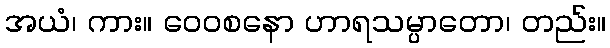
အယံ၊ ကား။ ဝေဝစနော ဟာရသမ္ပာတော၊ တည်း။